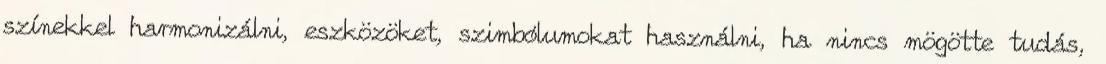
színekkel harmonizálni, eszközöket, szimbólumokat használni, ha nincs mögötte tudás,